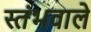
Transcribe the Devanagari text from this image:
स्तंभवाले